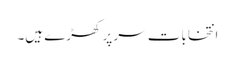
انتخابات سر پر کھڑے ہیں۔